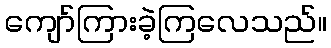
ကျော်ကြားခဲ့ကြလေသည်။